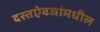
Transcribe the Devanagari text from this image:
दस्तऐवजांमधील